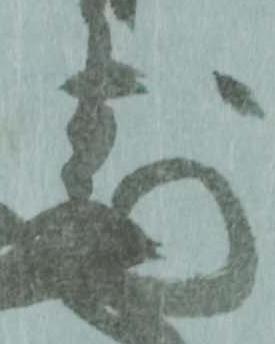
虎